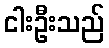
ငါးဦးသည်